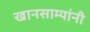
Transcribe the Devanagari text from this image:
खानसाम्यांनी